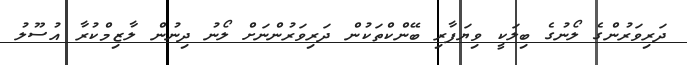
ދަރިވަރުންގެ ލޯނުގެ ބިލަކީ ވިޔަފާރި ބޭންކްތަކުން ދަރިވަރުންނަށް ލޯނު ދިނުން ލާޒިމްކުރާ އުސޫލު